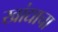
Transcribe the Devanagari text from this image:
खांद्याचा